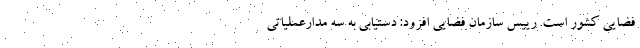
فضایی کشور است. رییس سازمان فضایی افزود: دستیابی به سه مدارعملیاتی